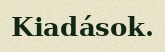
Kiadások.